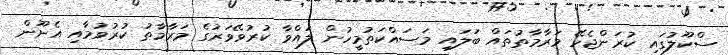
ސްކޫލުގައި ކުރަންޖެހޭ މަރާމާތުތައް ބަލައި މަސައްކަތުމީހުން ލައްވާ ކުރުވޭވަރުގެ މަރާމާތު ކުރުވުމާއި އެނޫން